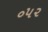
૦૫૨